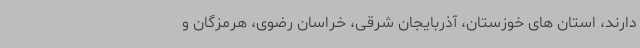
دارند، استان های خوزستان، آذربایجان شرقی، خراسان رضوی، هرمزگان و